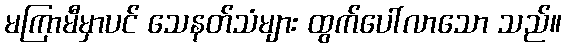
မကြာမီမှာပင် သေနတ်သံများ ထွက်ပေါ်လာသော သည်။